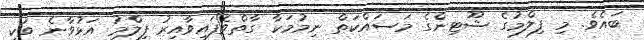
ބައެވެ. މި ފިލްމުގެ ޝޫޓިންގެ މަސައްކަތް ނިމުމަކާ ގާތްވެފައިވާއިރު ފިލްމު އަޅުވާނެ ވަކި